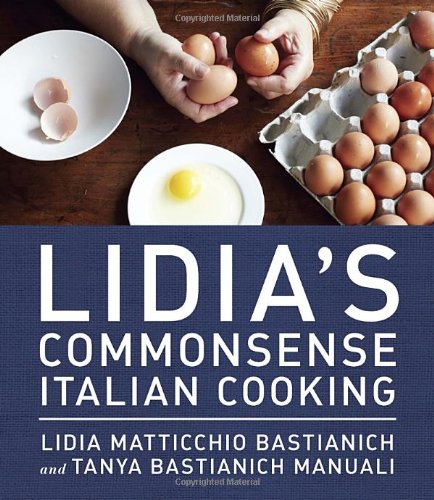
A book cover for Lidia's Commonsense Italian Cooking: 150 Delicious and Simple Recipes Anyone Can Master; Lidia Matticchio Bastianich; Cookbooks, Food & Wine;